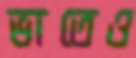
ভাতেও